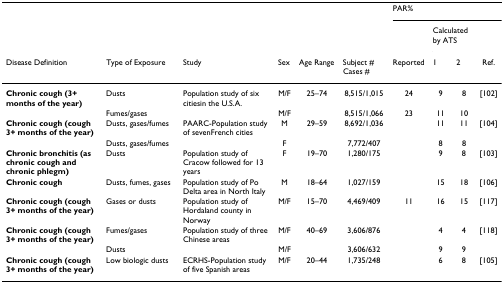
<table><thead><tr><td></td><td></td><td></td><td></td><td></td><td></td><td colspan="4"><b>PAR%</b></td></tr><tr><td></td><td></td><td></td><td></td><td></td><td></td><td></td><td colspan="2"><b>Calculated by ATS</b></td><td></td></tr><tr><td><b>Disease Definition</b></td><td><b>Type of Exposure</b></td><td><b>Study</b></td><td><b>Sex</b></td><td><b>Age Range</b></td><td><b>Subject # Cases #</b></td><td><b>Reported</b></td><td><b>1</b></td><td><b>2</b></td><td><b>Ref.</b></td></tr></thead><tbody><tr><td><b>Chronic cough (3+ months of the year)</b></td><td>Dusts</td><td>Population study of six citiesin the U.S.A.</td><td>M/F</td><td>25–74</td><td>8,515/1,015</td><td>24</td><td>9</td><td>8</td><td>[102]</td></tr><tr><td></td><td>Fumes/gases</td><td></td><td>M/F</td><td></td><td>8,515/1,066</td><td>23</td><td>11</td><td>10</td><td></td></tr><tr><td><b>Chronic cough (cough 3+ months of the year)</b></td><td>Dusts, gases/fumes</td><td>PAARC-Population study of sevenFrench cities</td><td>M</td><td>29–59</td><td>8,692/1,036</td><td></td><td>11</td><td>11</td><td>[104]</td></tr><tr><td></td><td>Dusts, gases/fumes</td><td></td><td>F</td><td></td><td>7,772/407</td><td></td><td>8</td><td>8</td><td></td></tr><tr><td><b>Chronic bronchitis (as chronic cough and chronic phlegm)</b></td><td>Dusts</td><td>Population study of Cracow followed for 13 years</td><td>F</td><td>19–70</td><td>1,280/175</td><td></td><td>9</td><td>8</td><td>[103]</td></tr><tr><td><b>Chronic cough</b></td><td>Dusts, fumes, gases</td><td>Population study of Po Delta area in North Italy</td><td>M</td><td>18–64</td><td>1,027/159</td><td></td><td>15</td><td>18</td><td>[106]</td></tr><tr><td><b>Chronic cough (cough 3+ months of the year)</b></td><td>Gases or dusts</td><td>Population study of Hordaland county in Norway</td><td>M/F</td><td>15–70</td><td>4,469/409</td><td>11</td><td>16</td><td>15</td><td>[117]</td></tr><tr><td><b>Chronic cough (cough 3+ months of the year)</b></td><td>Fumes/gases</td><td>Population study of three Chinese areas</td><td>M/F</td><td>40–69</td><td>3,606/876</td><td></td><td>4</td><td>4</td><td>[118]</td></tr><tr><td></td><td>Dusts</td><td></td><td>M/F</td><td></td><td>3,606/632</td><td></td><td>9</td><td>9</td><td></td></tr><tr><td><b>Chronic cough (cough 3+ months of the year)</b></td><td>Low biologic dusts</td><td>ECRHS-Population study of five Spanish areas</td><td>M/F</td><td>20–44</td><td>1,735/248</td><td></td><td>6</td><td>8</td><td>[105]</td></tr></tbody></table>